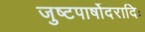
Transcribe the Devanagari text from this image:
जुष्टपार्षोदरादिः